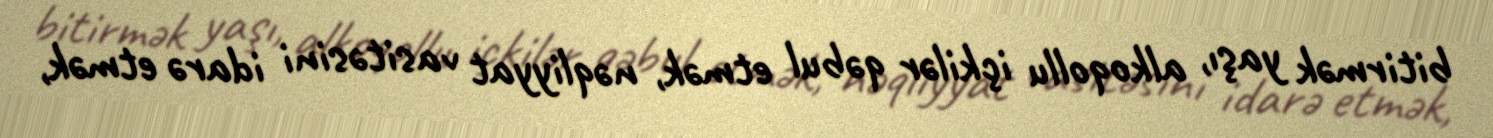
bitirmək yaşı, alkoqollu içkilər qəbul etmək, nəqliyyat vasitəsini idarə etmək,